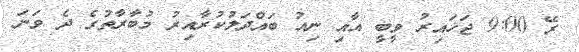
ރޭ 9:00 ޖަހައިރު ވީބީ އާއި ނިއު ބައްދަލުކުރާއިރު މުބާރާތުގެ ދެ ވަނަ